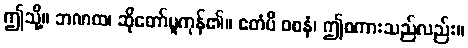
ဤသို့။ ဘဏထ၊ ဆိုတော်မူကုန်၏။ ဧတံပိ ဝစနံ၊ ဤစကားသည်လည်း။